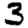
Digit: 3